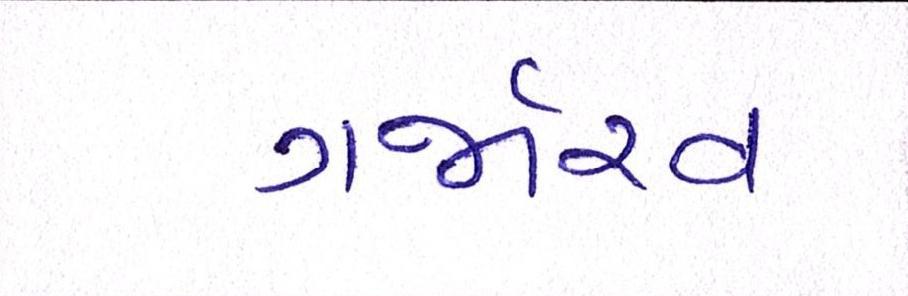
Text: ગર્જારવ